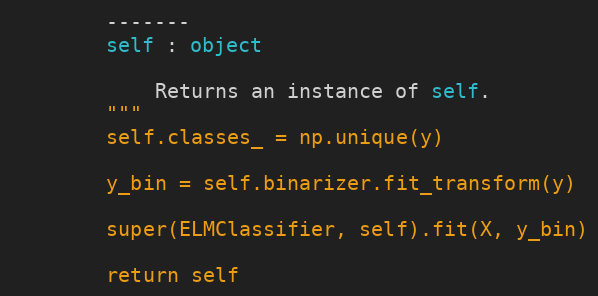
Language: Python
        -------
        self : object

            Returns an instance of self.
        """
        self.classes_ = np.unique(y)

        y_bin = self.binarizer.fit_transform(y)

        super(ELMClassifier, self).fit(X, y_bin)

        return self